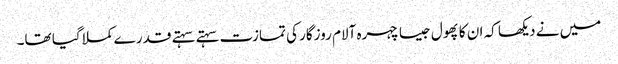
میں نے دیکھا کہ ان کا پھول جیسا چہرہ آلام روزگار کی تمازت سہتے سہتے قدر ے کملا گیا تھا۔